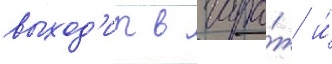
выход'ит в гара́ж и́